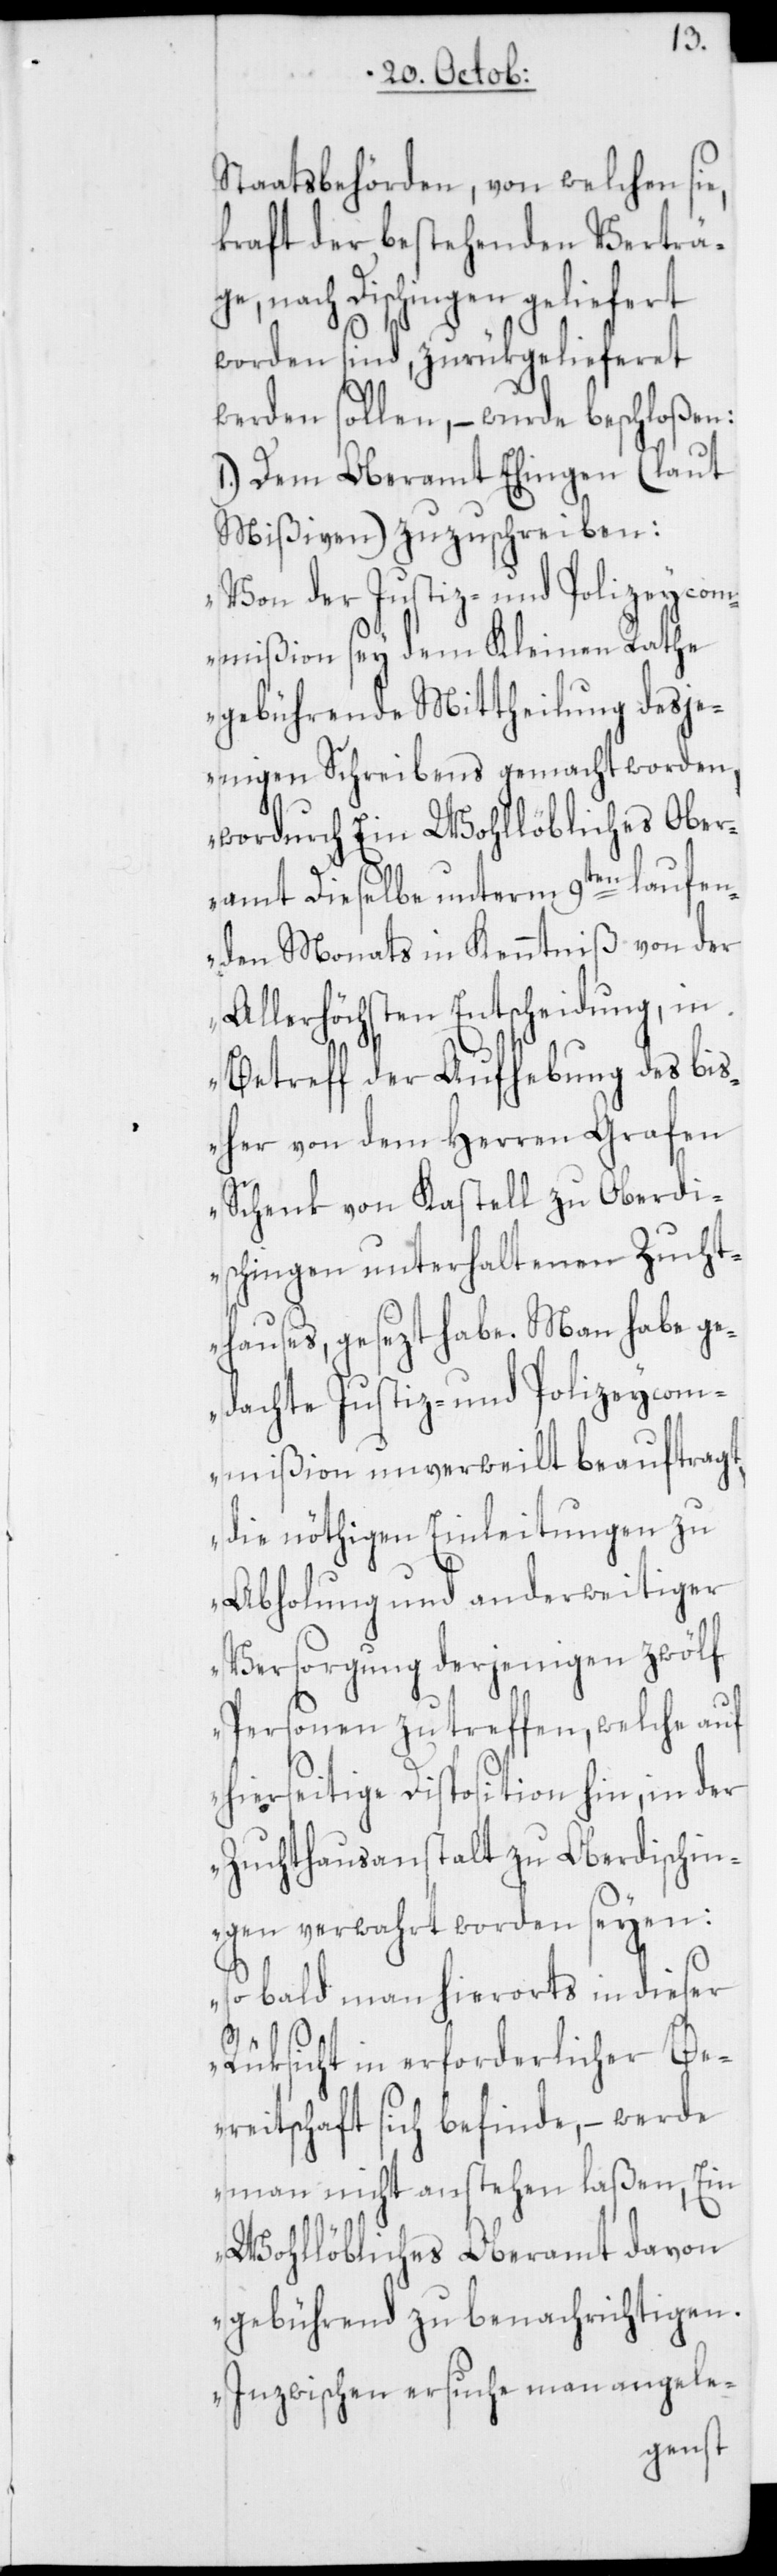
Staatsbehörden, von welchen sie,
kraft der bestehenden Verträ¬
ge, nach Dischingen geliefert
worden sind, zurükgelieferet
werden sollen, – wurde beschloßen:
1.) Dem Oberamt Ehingen (laut
Mißiven) zuzuschreiben:
„Von der Justiz- und Polizeycom¬
mißion sey dem Kleinen Rathe
gebührende Mittheilung desje¬
nigen Schreibens gemacht worden,
wordurch ein Wohllöbliches Ober¬
amt dieselbe unterm 9ten laufen¬
den Monats in Kenntniß von der
Allerhöchsten Entscheidung, in
Betreff der Aufhebung des bis¬
her von dem Herren Grafen
Schenk von Kastell zu Oberdi¬
schingen unterhaltenen Zucht¬
hauses, gesezt habe. Man habe ge¬
dachte Justiz- und Polizeycom¬
mißion unverweilt beauftragt,
die nöthigen Einleitungen zu
Abholung und anderweitiger
Versorgung derjenigen zwölf
Personen zu treffen, welche auf
hierseitige Disposition hin, in der
Zuchthausanstalt zu Oberdischin¬
gen verwahrt worden seyen:
so bald man hierorts in dieser
Rüksicht in erforderlicher Be¬
reitschaft sich befinde, – werde
man nicht anstehen laßen, Ein
Wohllöbliches Oberamt davon
gebührend zu benachrichtigen.
Inzwischen ersuche man angele-